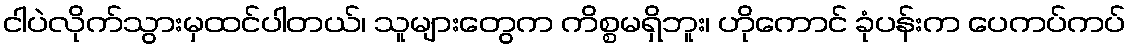
ငါပဲလိုက်သွားမှထင်ပါတယ်၊ သူများတွေက ကိစ္စမရှိဘူး၊ ဟိုကောင် ခုံပန်းက ပေကပ်ကပ်